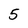
Character: 5